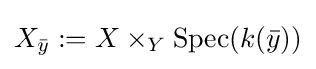
X_{\bar {y}}:=X\times _{Y}\mathrm {Spec} (k({\bar {y}}))